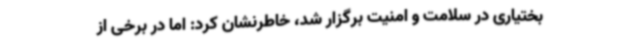
بختیاری در سلامت و امنیت برگزار شد، خاطرنشان کرد: اما در برخی از